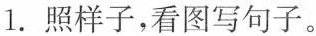
1.照样子，看图写句子。